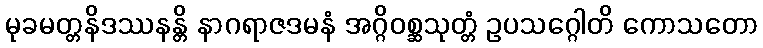
မုခမတ္တနိဒဿနန္တိ နာဂရာဇဒမနံ အဂ္ဂိဝစ္ဆသုတ္တံ ဥပသဂ္ဂေါတိ ကောသတော